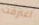
اعترفت